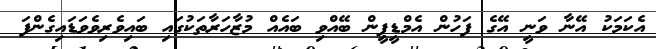
އެކަމަކު އޭނާ ވަނީ އޭގެ ފަހުން އެމްޑީޕީން ބޭއްވި ބައެއް މުޒާހަރާތަކުގައި ބައިވެރިވެވަޑައިގެންފަ